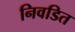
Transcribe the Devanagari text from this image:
निवडित